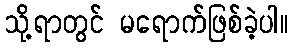
သို့ရာတွင် မရောက်ဖြစ်ခဲ့ပါ။